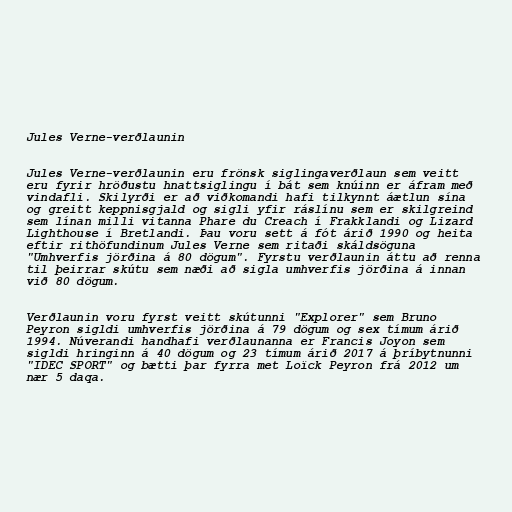
Jules Verne-verðlaunin

Jules Verne-verðlaunin eru frönsk siglingaverðlaun sem veitt
eru fyrir hröðustu hnattsiglingu í bát sem knúinn er áfram með
vindafli. Skilyrði er að viðkomandi hafi tilkynnt áætlun sína
og greitt keppnisgjald og sigli yfir ráslínu sem er skilgreind
sem línan milli vitanna Phare du Creach í Frakklandi og Lizard
Lighthouse í Bretlandi. Þau voru sett á fót árið 1990 og heita
eftir rithöfundinum Jules Verne sem ritaði skáldsöguna
"Umhverfis jörðina á 80 dögum". Fyrstu verðlaunin áttu að renna
til þeirrar skútu sem næði að sigla umhverfis jörðina á innan
við 80 dögum.

Verðlaunin voru fyrst veitt skútunni "Explorer" sem Bruno
Peyron sigldi umhverfis jörðina á 79 dögum og sex tímum árið
1994. Núverandi handhafi verðlaunanna er Francis Joyon sem
sigldi hringinn á 40 dögum og 23 tímum árið 2017 á þríbytnunni
"IDEC SPORT" og bætti þar fyrra met Loïck Peyron frá 2012 um
nær 5 daqa.